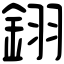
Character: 𨦫